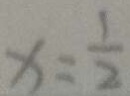
x = \frac { 1 } { 2 }